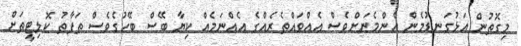
މިގޮތުން އަޅުގަނޑުމެން އެންމެނަށްވެސް އެއްވައްތެރެއްގެ އެއްނަމެއް ކިޔާ ބޭސް ބޭހުގެވެސް ތަފާތު ކޮލިޓީތަށް